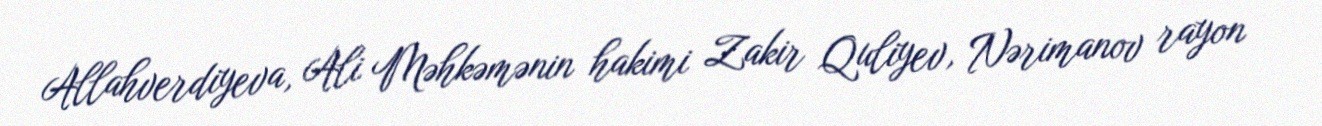
Allahverdiyeva, Ali Məhkəmənin hakimi Zakir Quliyev, Nərimanov rayon